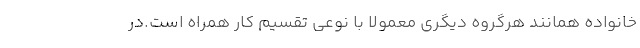
خانواده همانند هرگروه دیگری معمولا با نوعی تقسیم کار همراه است.در